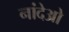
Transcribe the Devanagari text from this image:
नांदेओ